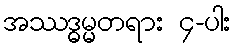
အဿဒ္ဓမ္မတရား ၄-ပါး